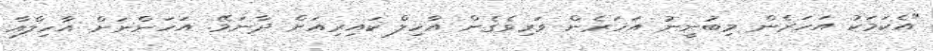
"އެކަމަކު އަހަރެން މިބުނީނު އަހަރެން ވަރިވެގެން އާހިލް ކައިރިއަށް ދާނަމޭ. އަހަންނަށް އާހިލްއާ